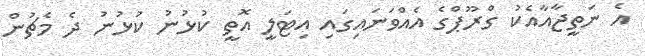
އެ ނަތީޖާއާއެކު ގްރޫޕްގެ އެއްވަނައިގައި އިޓަލީ އޮތީ ކުޅުނު ކުޅުނު ދެ މެޗުން